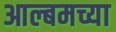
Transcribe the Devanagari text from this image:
आल्बमच्या